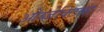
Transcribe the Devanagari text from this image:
ओब्जेक्टिव्स